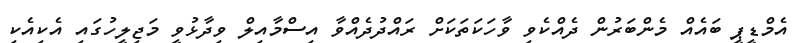
އެމްޑީޕީ ބައެއް މެންބަރުން ދެއްކެވި ވާހަކަތަކަށް ރައްދުދެއްވާ އިސްމާއިލް ވިދާޅުވީ މަޖިލީހުގައި އެކިއެކި